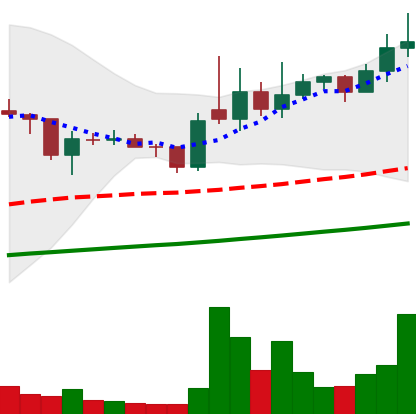
Ticker: XLM-USD
Chart end date: 2021-02-07
Forward return: 37.648%
Label: up_7plus